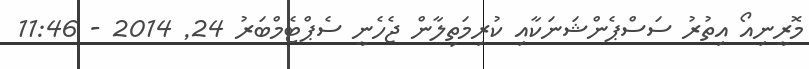
މޮރީނިއޯ އިތުރު ސަސްޕެންޝަނަކާއި ކުރިމަތިލާން ޖެހެނީ ސެޕްޓެމްބަރު 24